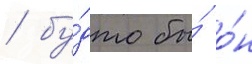
/ бу́дто бы́ о́н